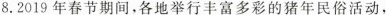
8.2019年春节期间，各地举行丰富多彩的猪年民俗活动，